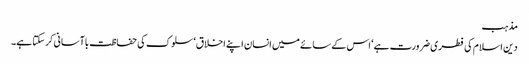
مذہب
دین اسلام کی فطری ضرورت ہے‘ اس کے سائے میں انسان اپنے اخلاق‘ سلوک کی حفاظت باآسانی کرسکتا ہے۔